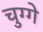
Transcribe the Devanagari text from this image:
चुग्गे